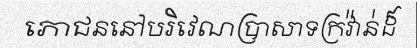
ភោជននៅបរិវេណប្រាសាទក្រវ៉ាន់ដ៏